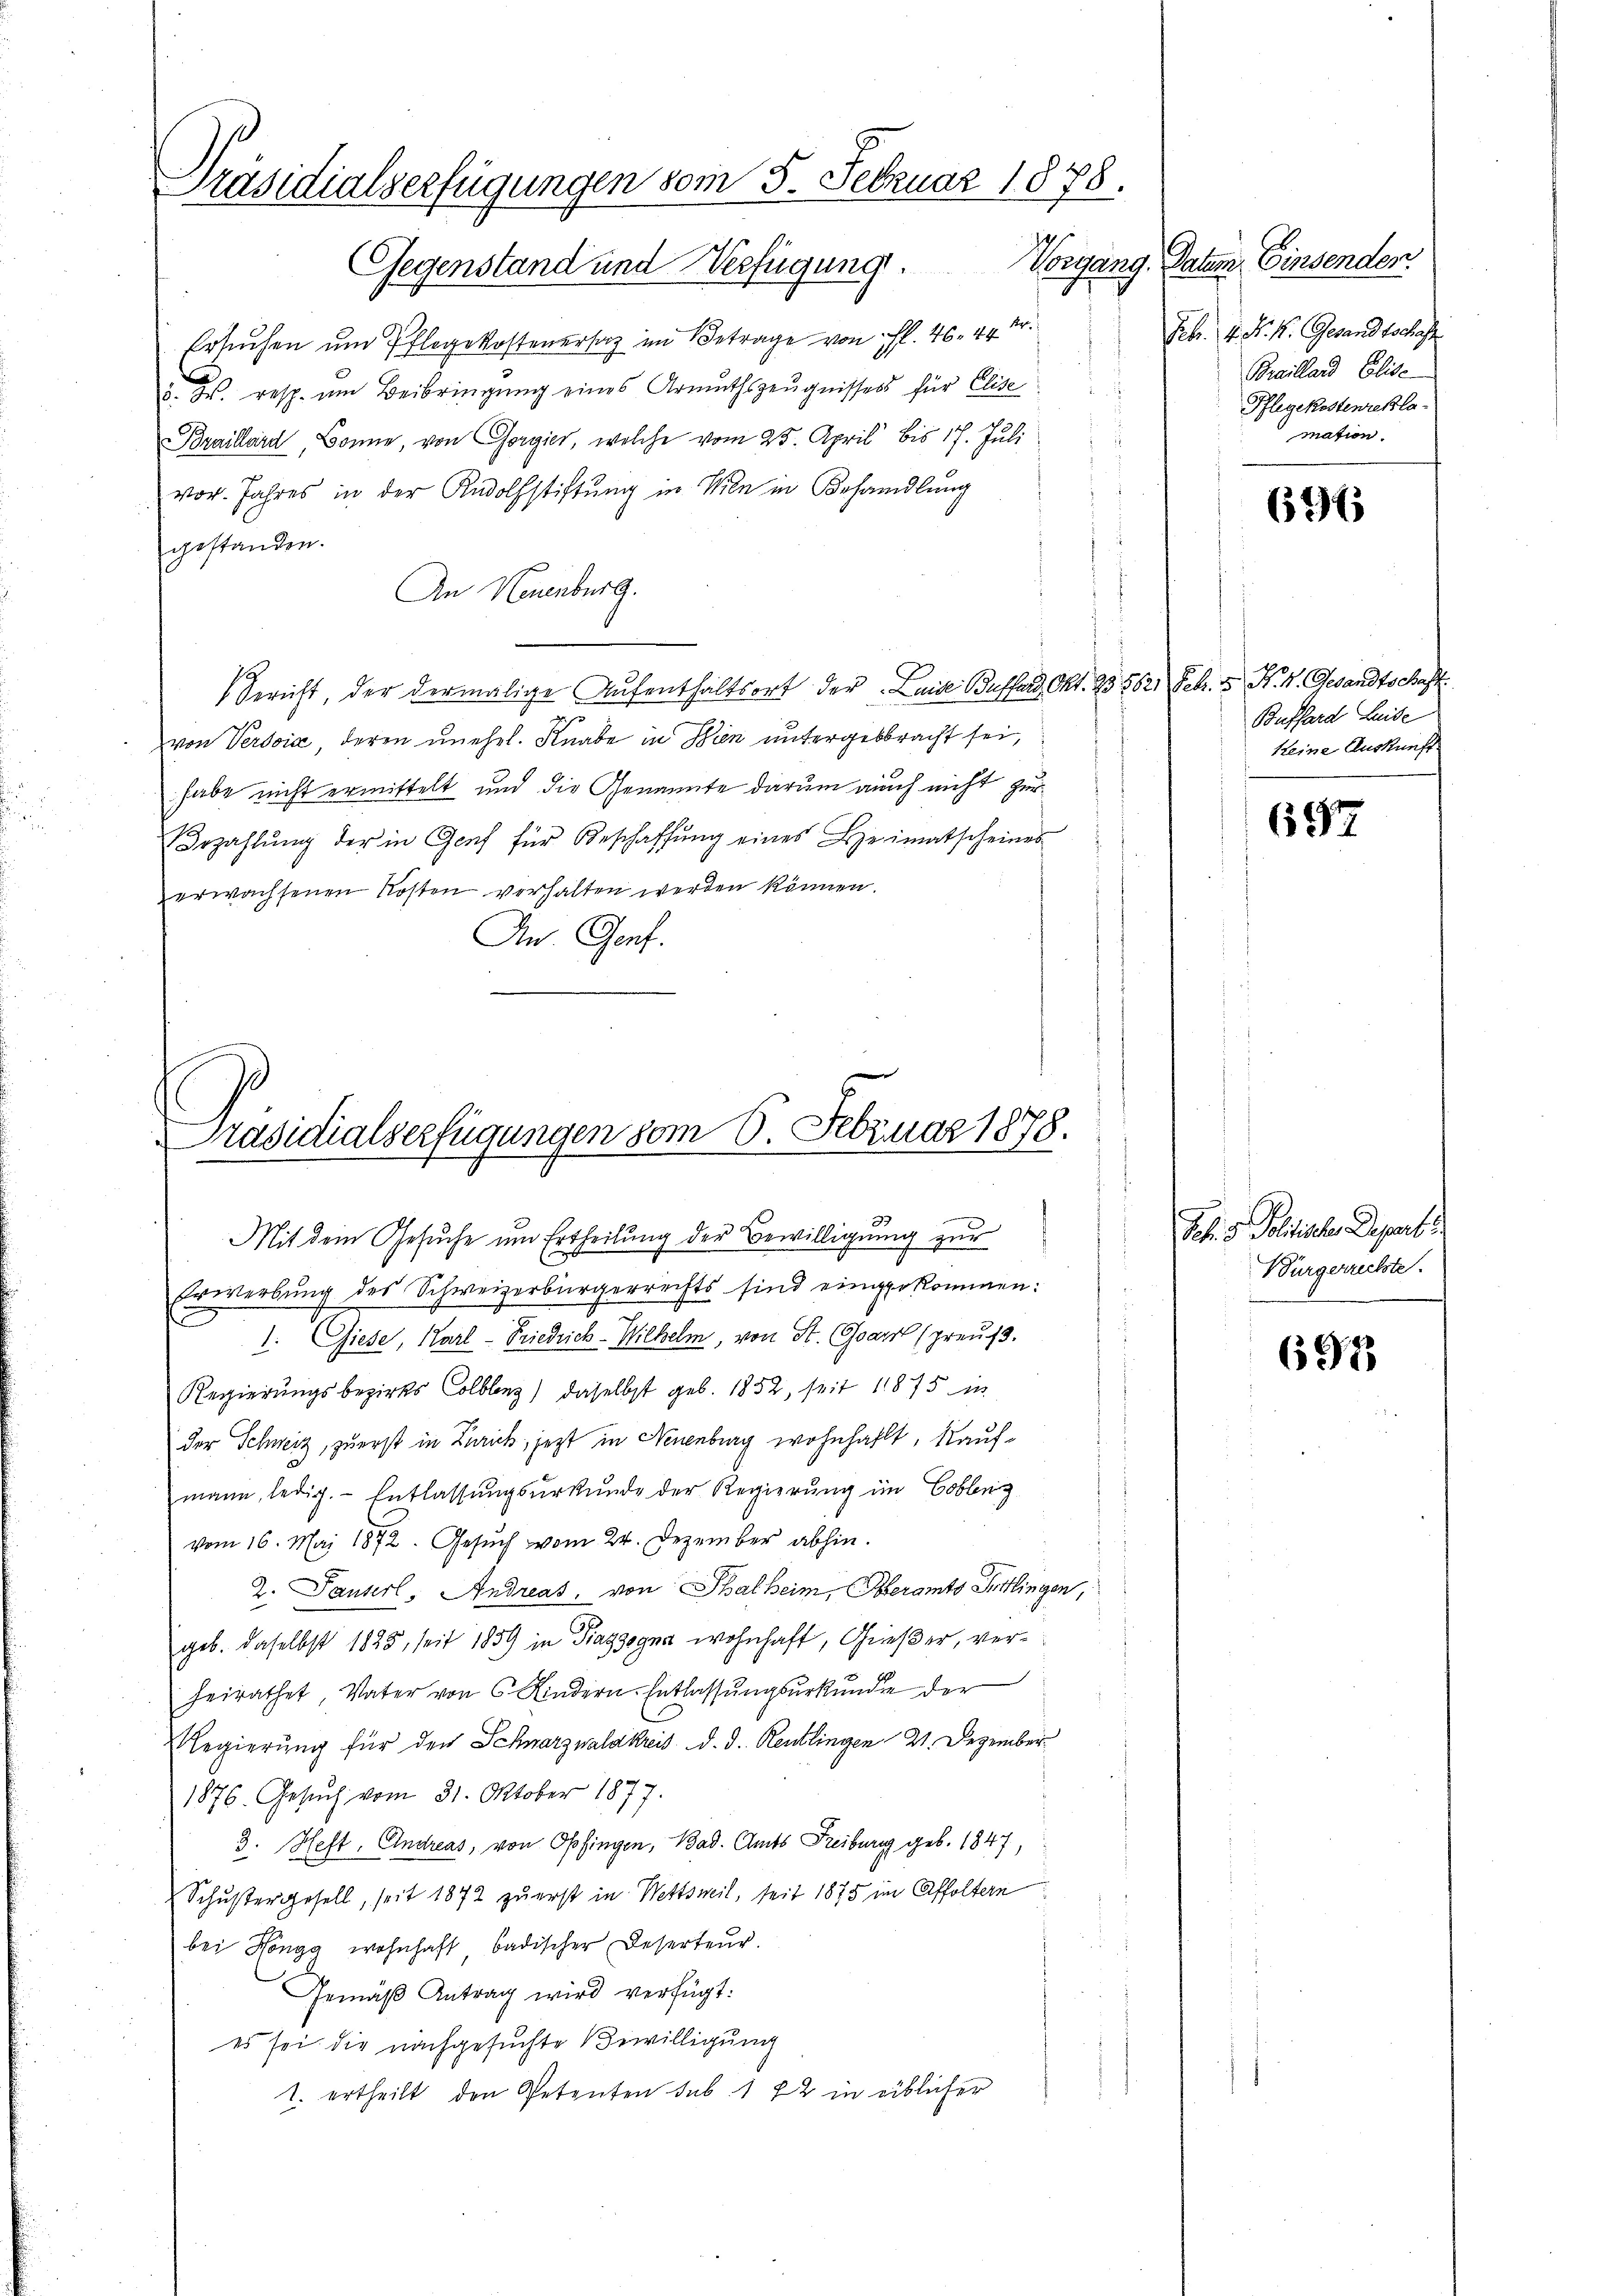
Präsidialverfügungen vom 5. Februar 1878.
Gegenstand und Verfügung. Vorgang.

Ersuchen um Pflegekostenersaz im Betrage von fl. 46. 44 Fr.
. d. resp. um Beibringung eines Armuthszeŭgnisses für Elise
Braillard, Bonne, von Gorgies, welche vom 25. April bis 17. Juli
vor. Jahres in der Rudolfstiftung in Wien in Behandlung
gestanden.
An Neuenburg.
Gericht, der dermalige Aufenthaltsort der Laide Buffang Okt. 23. 5621 Febr. v. N. 4. Gesandtschaft
von Verdoice, deren unehel. Knabe in Bien untergebbracht sei,
habe nicht ermittelt und die Genannte darum auch nicht zur
Bezahlŭng der in Genf für Beschaffŭng eines Beimatscheines
erwachsenen Kosten verhalten werden können.
An. Genf.

Präsidialserfügungen vom 6. Februar 1878.

Mit dem Gesuche um Ertheilung der Bewilligung zur

Erwerbung des Schweizerbürgerrechts sind eingekommen:
1. Giese, Karl-Friedrich-Wilhelm, von St. Garn (preuß.
Regierŭngsbezirks Colbler) daselbst geb. 1852, seit 11875 in
der Schweiz, zuerst in Zürich, jezt in Neuenburg wohnhaft, Kaufmann, ledig. Entlassungsurkunde der Regierung im Coblenz
vom 16. Mai 1872. Gesuch vom 24. Dezember abhin.
2. Pauserl, Andreas, von Thalheim, Oberamts Sittlingen,
geb. daselbst 1825, seit 1859 in Piazzogna wohnhaft, Grießer, verheirathet Vater von 6 Kindern-Entlassŭngsŭrkŭnde der
Regierung für den Schnarznalkreis d. d. Reutlingen 21. Dezember
1876. Gesuch vom 31. Oktober 1877.
3. Heft, Endreas, von Opfingen, Bad. Amts Freiburg geb. 1847,
Schustergesell, seit 1872 zuerst in Wettsweil, seit 1875 im Affoltern
bei Höngg wohnhaft badischer Deserteur.
Gemäß Antrag wird verfügt:
es sei. Die nachgesuchte Bewilligung
1. ertheilt, den Petenten sub. 172 in üblicher

Paten Einsenden.
Febr. 4. K. K. Gesandtschaft
Brailand Elise
Pflegekostenreklamation.

696

Buffard Leide
keine Auskunft

697

Actis Politischen Departe
Bürgerrechte.

693